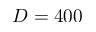
D = 4 0 0